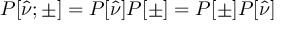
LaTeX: P [ \hat { \nu } ; \pm ] = P [ \hat { \nu } ] P [ \pm ] = P [ \pm ] P [ \hat { \nu } ]